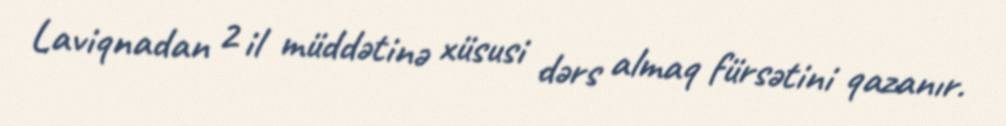
Laviqnadan 2 il müddətinə xüsusi dərs almaq fürsətini qazanır.